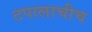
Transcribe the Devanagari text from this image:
टपालाचीच